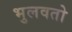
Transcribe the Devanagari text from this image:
भुलवतो